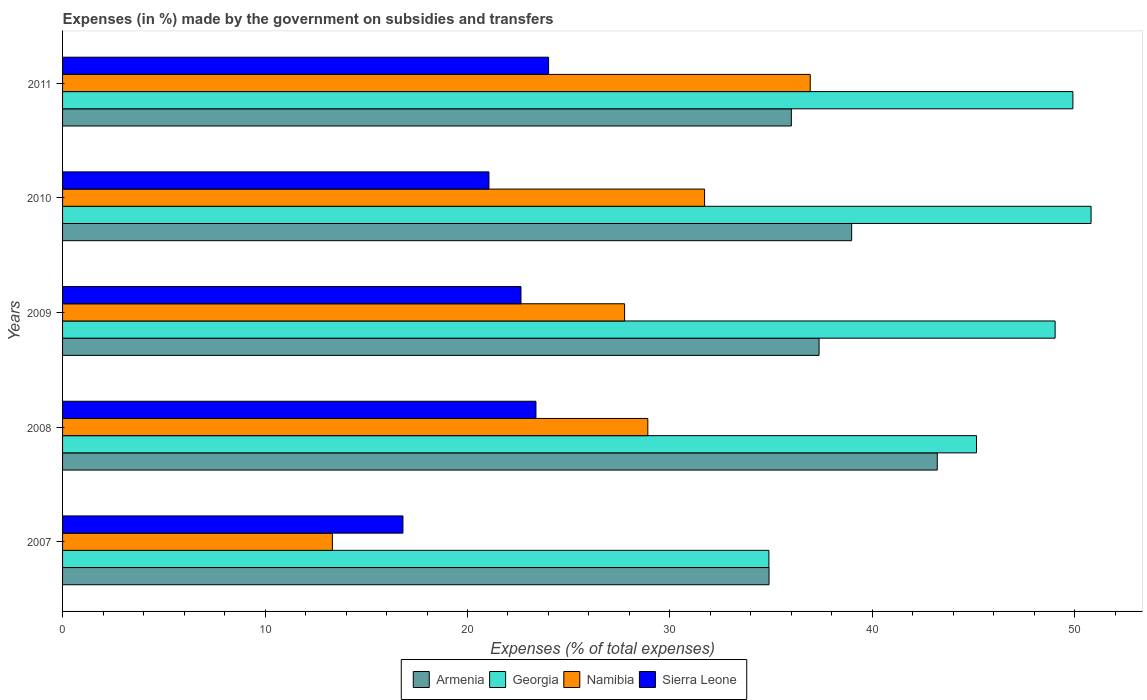
| Years | Armenia | Georgia | Namibia | Sierra Leone |
 | --- | --- | --- | --- | --- |
 | 2007 | 34.9 | 34.9 | 13.3 | 16.8 |
 | 2008 | 43.2 | 45.1 | 28.9 | 23.4 |
 | 2009 | 37.4 | 49 | 27.8 | 22.6 |
 | 2010 | 39 | 50.8 | 31.7 | 21.1 |
 | 2011 | 36 | 49.9 | 36.9 | 24 |